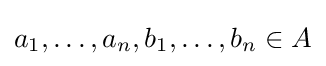
a_{1},\dots ,a_{n},b_{1},\dots ,b_{n}\in A